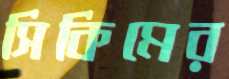
সিকিমের